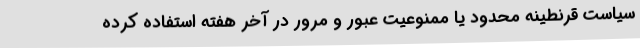
سیاست قرنطینه‌‌ محدود یا ممنوعیت عبور و مرور در آخر هفته استفاده کرده